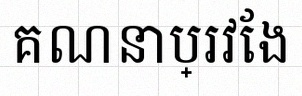
គណនាប្រវែង